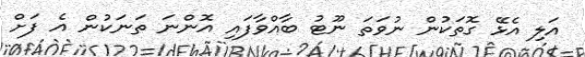
އަލި އެޅޭ ގޮތަކުން ނުވަތަ ނޫޓު ބާއްވާފައި އޮންނަ ތަނަކުން އެ ފަށް